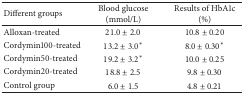
<table><thead><tr><td><b>Different groups</b></td><td><b>Blood glucose (mmol/L)</b></td><td><b>Results of HbA1c (%)</b></td></tr></thead><tbody><tr><td>Alloxan-treated</td><td>21.0 ± 2.0</td><td>10.8 ± 0.20</td></tr><tr><td>Cordymin100-treated</td><td>13.2 ± 3.0*</td><td>8.0 ± 0.30*</td></tr><tr><td>Cordymin50-treated</td><td>19.2 ± 3.2*</td><td>10.0 ± 0.25</td></tr><tr><td>Cordymin20-treated</td><td>18.8 ± 2.5</td><td>9.8 ± 0.30</td></tr><tr><td>Control group</td><td>6.0 ± 1.5</td><td>4.8 ± 0.21</td></tr></tbody></table>